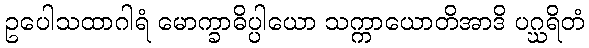
ဥပေါသထာဂါရံ မောက္ခာဓိပ္ပါယော သက္ကာယောတိအာဒိ ပဂ္ဃရိတံ